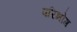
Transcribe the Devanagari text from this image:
परिभोग